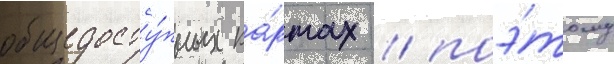
общедосту́пных ка́ртах / поэ́тому